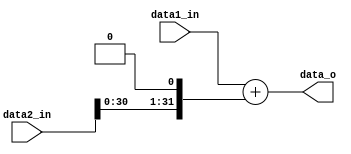
module Adder_shift
(
	data1_in,
	data2_in,
	data_o
);

input	[31:0]	data1_in, data2_in;
output	[31:0]	data_o;


assign data_o = data1_in + (data2_in << 1);


endmodule